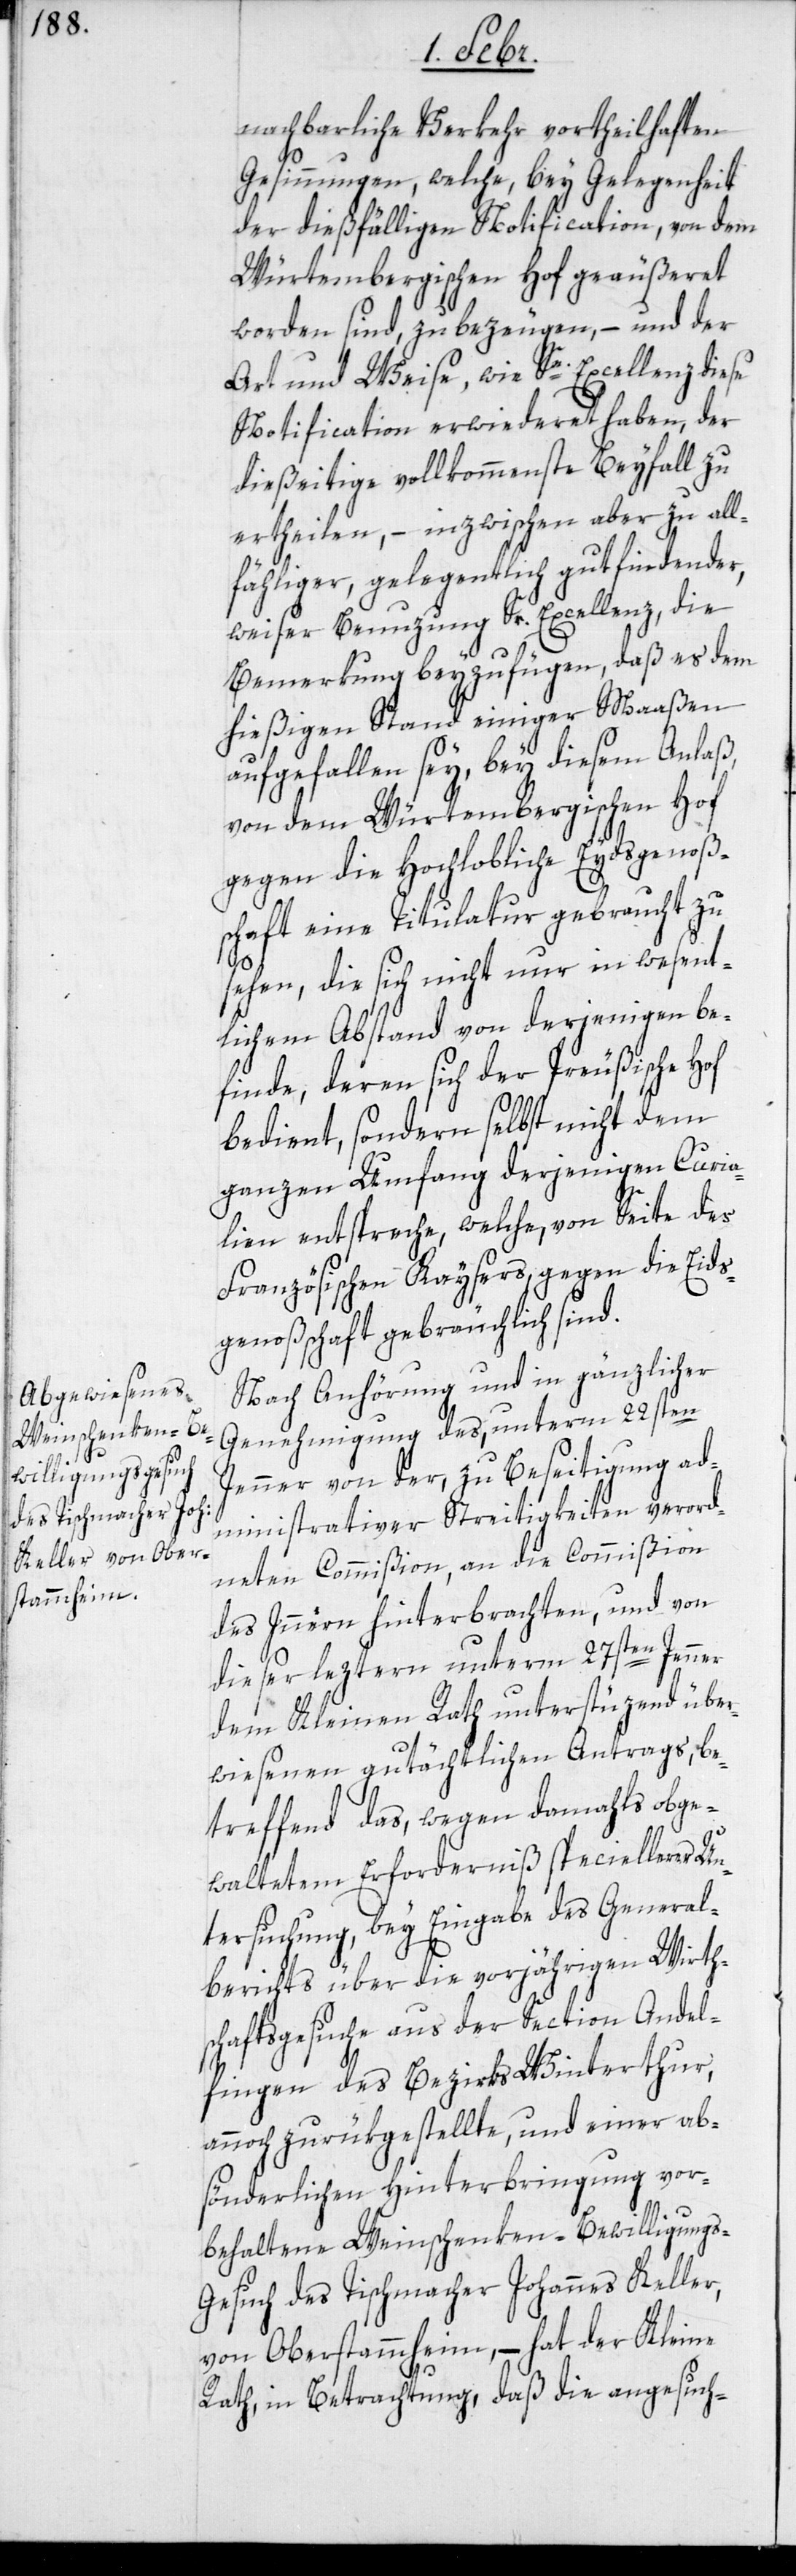
nachbarliche Verkehr vortheilhaften
Gesinnungen, welche, bey Gelegenheit
der dießfälligen Notification, von dem
Würtembergischen Hof geäußeret
worden sind, zu bezeugen, – und der
Art und Weise, wie Se. Excellenz diese
Notification erwiederet haben, der
dießeitige vollkommenste Beyfall zu
ertheilen, – inzwischen aber zu all¬
fähliger, gelegentlich gutfindender,
weiser Benuzung Sr. Excellenz, die
Bemerkung beyzufügen, daß es dem
hießigen Stand einiger Maaßen
aufgefallen sey, bey diesem Anlaß,
von dem Würtembergischen Hof
gegen die Hochlobliche Eydsgenoßen¬
schaft eine Titulatur gebraucht zu
sehen, die sich nicht nur in wesent¬
lichem Abstand von derjenigen be¬
finde, deren sich der Preußische
bedient, sondern selbst nicht dem
ganzen Umfang derjenigen Curia¬
lien entspreche, welche, von Seite des
Französischen Kaysers, gegen die Eids¬
genoßschaft gebräuchlich sind.
Nach Anhörung und in gänzlicher
Genehmigung des, unterm 22sten
Jenner von der, zu Beseitigung ad¬
ministrativer Streitigkeiten verord¬
neten Commißion, an die Commißion
des Inneren hinterbrachten, und von
dieser leztern unterm 27sten Jenner
dem Kleinen Rath unterstüzend über¬
wiesenen gutächtlichen Antrags, be¬
treffend das, wegen damahls obge¬
walteten Erforderniß speciellerer Un¬
tersuchung, bey Eingabe des General¬
berichts über die vorjährigen Wirth¬
schaftsgesuche aus der Section Andel¬
fingen des Bezirks Winterthur,
annoch zurükgestellte, und einer ab¬
sönderlichen Hinterbringung vor¬
behaltene Weinschenken-Bewilligungs-G¬
esuch des Tischmacher Johannes Keller,
von Oberstammheim, – hat der Kleine
Rath, in Betrachtung, daß die angesuch-